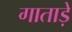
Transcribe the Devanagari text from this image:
गाताड़े